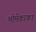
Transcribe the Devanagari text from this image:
भोमेकाका